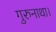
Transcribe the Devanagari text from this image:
गुरुनाथा।